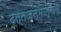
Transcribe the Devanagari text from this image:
दत्तजन्मोत्सव